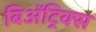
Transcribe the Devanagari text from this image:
बिॲट्रिक्स